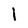
Character: I